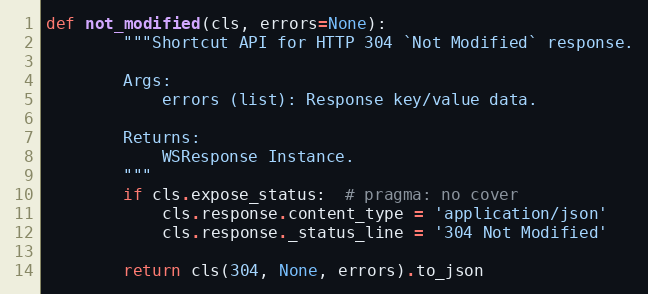
Language: Python
def not_modified(cls, errors=None):
        """Shortcut API for HTTP 304 `Not Modified` response.

        Args:
            errors (list): Response key/value data.

        Returns:
            WSResponse Instance.
        """
        if cls.expose_status:  # pragma: no cover
            cls.response.content_type = 'application/json'
            cls.response._status_line = '304 Not Modified'

        return cls(304, None, errors).to_json